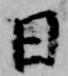
日